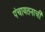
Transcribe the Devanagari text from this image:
पंचायतनाची